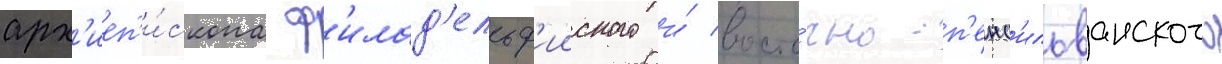
арх'иеп'и́скопа ф'илад'ельф'ииского и́ восто́чно-п'енс'ильванского